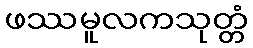
ဖဿမူလကသုတ္တံ